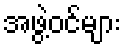
အဖွဲ့ဝင်များ